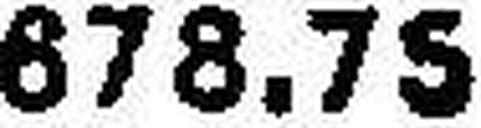
678.75